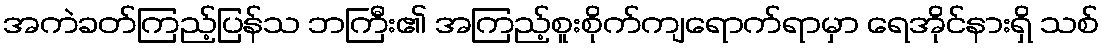
အကဲခတ်ကြည့်ပြန်သ ဘကြီး၏ အကြည့်စူးစိုက်ကျရောက်ရာမှာ ရေအိုင်နားရှိ သစ်